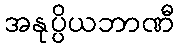
အနုပ္ပိယဘာဏီ